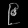
Digit: ၉